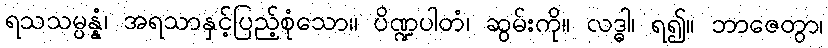
ရသသမ္ပန္နံ၊ အရသာနှင့်ပြည့်စုံသော။ ပိဏ္ဍပါတံ၊ ဆွမ်းကို။ လဒ္ဓါ၊ ရ၍။ ဘာဇေတွာ၊